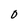
Character: O